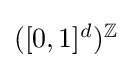
\textstyle ([0,1]^{d})^{\mathbb {Z} }